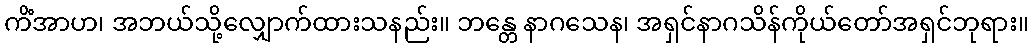
ကိံအာဟ၊ အဘယ်သို့လျှောက်ထားသနည်း။ ဘန္တေ နာဂသေန၊ အရှင်နာဂသိန်ကိုယ်တော်အရှင်ဘုရား။